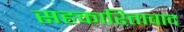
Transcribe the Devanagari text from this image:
सहकारितावाद